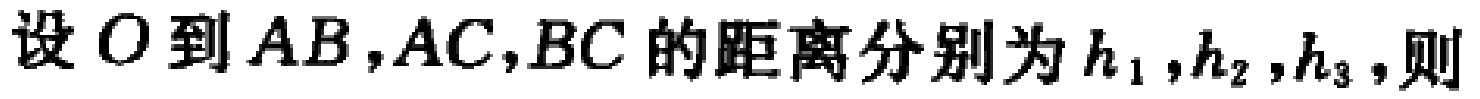
设 \(O\) 到 \(AB,AC,BC\) 的距离分别为 \(h_{1},h_{2},h_{3}\)，则